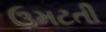
ઉમટતી